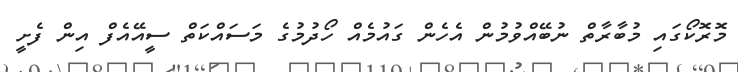
މޮރޮކޯގައި މުބާރާތް ނުބޭއްވުމުން އެހެން ގައުމެއް ހޯދުމުގެ މަސައްކަތް ސީއޭއެފް އިން ފެށީ